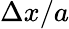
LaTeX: \Delta x/a